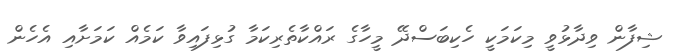
ޝިފާން ވިދާޅުވީ މިކަމަކީ ހެކިބަސްދޭ މީހާގެ ރައްކާތެރިކަމާ ގުޅިފައިވާ ކަމެއް ކަމަށާއި އެހެން